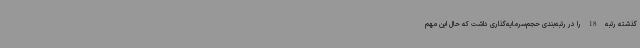
گذشته رتبه 18 را در رتبه‌بندی حجم‌سرمایه‌گذاری داشت که حال این مهم